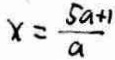
x = \frac { 5 a + 1 } { a }